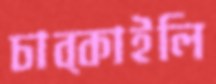
চাব্‌কাইলি